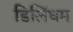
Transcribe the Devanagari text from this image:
डिलिंघम